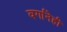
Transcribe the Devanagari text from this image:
वर्गानेही